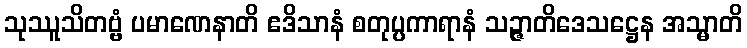
သုဿူသိတဗ္ဗံ ပမာဏေနာတိ ဧဒိသာနံ စတုပ္ပကာရာနံ သဉ္ဇာတိဒေသဋ္ဌေန အသ္မာတိ